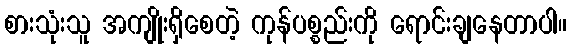
စားသုံးသူ အကျိုးရှိစေတဲ့ ကုန်ပစ္စည်းကို ရောင်းချနေတာပါ။